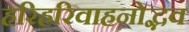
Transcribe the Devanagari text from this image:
हरिहरिवाहनोद्भव